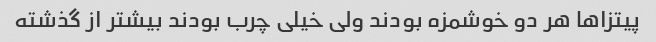
پیتزاها هر دو خوشمزه بودند ولی خیلی چرب بودند بیشتر از گذشته